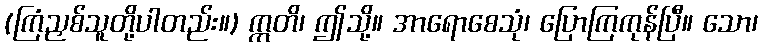
(ကြံညှစ်သူတို့ပါတည်း။) ဣတိ၊ ဤသို့။ အာရောစေသုံ၊ ပြောကြကုန်ပြီ။ သော၊